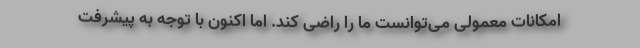
امکانات معمولی می‌توانست ما را راضی کند. اما اکنون با توجه به پیشرفت